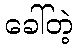
ခေါ်တဲ့